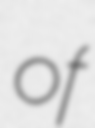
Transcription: of